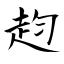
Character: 赹